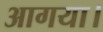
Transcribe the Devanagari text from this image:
आगया।